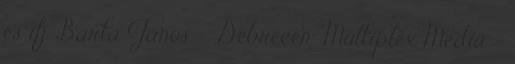
és ifj. Barta János. – Debrecen: Multiplex Media –